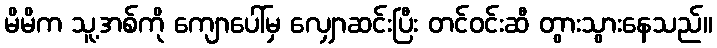
မိမိက သူ့အစ်ကို ကျောပေါ်မှ လျှောဆင်းပြီး တင်ဝင်းဆီ တွားသွားနေသည်။